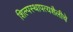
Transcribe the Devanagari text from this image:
शिल्पस्थापत्यशैलीचे